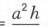
.